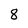
Character: 8